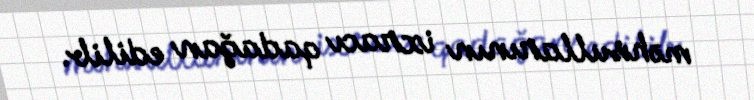
məhsullarının ixracı qadağan edilib.